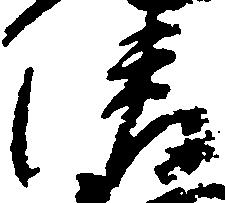
清